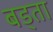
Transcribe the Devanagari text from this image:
बड्ता